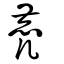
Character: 麂